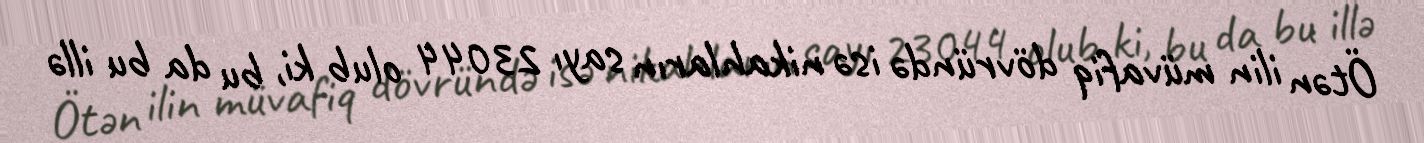
Ötən ilin müvafiq dövründə isə nikahların sayı 23044 olub ki, bu da bu illə